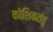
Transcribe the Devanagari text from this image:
कोशिकतंतु